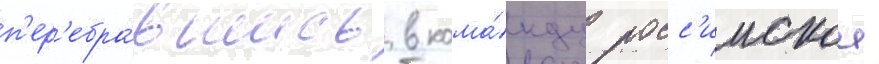
п'ер'ебра́вшись в кома́нду росс'иискои